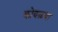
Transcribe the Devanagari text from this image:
कोवळया